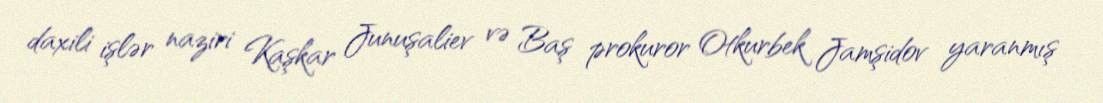
daxili işlər naziri Kaşkar Junuşaliev və Baş prokuror Otkurbek Jamşidov yaranmış